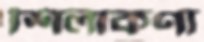
শিলাকণা